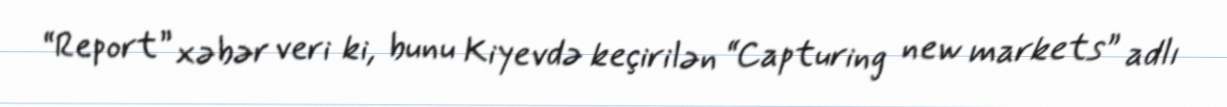
“Report” xəbər veri ki, bunu Kiyevdə keçirilən “Capturing new markets” adlı